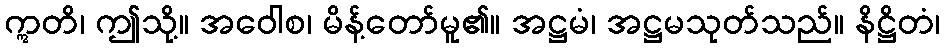
ဣတိ၊ ဤသို့။ အဝေါစ၊ မိန့်တော်မူ၏။ အဋ္ဌမံ၊ အဋ္ဌမသုတ်သည်။ နိဋ္ဌိတံ၊